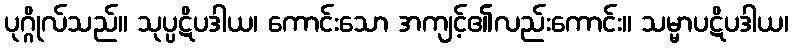
ပုဂ္ဂိုလ်သည်။ သုပ္ပဋိပဒါယ၊ ကောင်းသော အကျင့်၏လည်းကောင်း။ သမ္မာပဋိပဒါယ၊